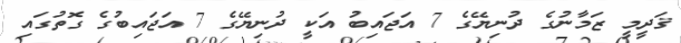
ޤަދީމީ ޒަމާނުގެ ދުނިޔޭގެ 7 އަޖައިބު އަކީ ދުނިޔޭގެ 7 އަޖައިބުގެ ގޮތުގައި